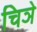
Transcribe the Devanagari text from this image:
चिञे